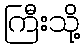
ကြီးသို့